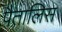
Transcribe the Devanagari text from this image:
पैतालिस